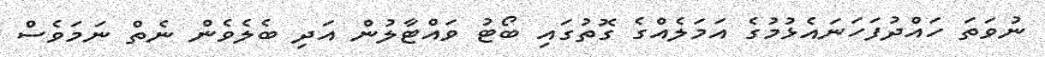
ނުވަތަ ހައްދުފަހަނައެޅުމުގެ އަމަލެއްގެ ގޮތުގައި ބޯޓު ވައްޓާލުން އަދި ބެލެވެން ނެތް ނަމަވެސް